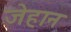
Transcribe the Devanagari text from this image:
जेहान